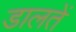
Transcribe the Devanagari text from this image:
डालतें